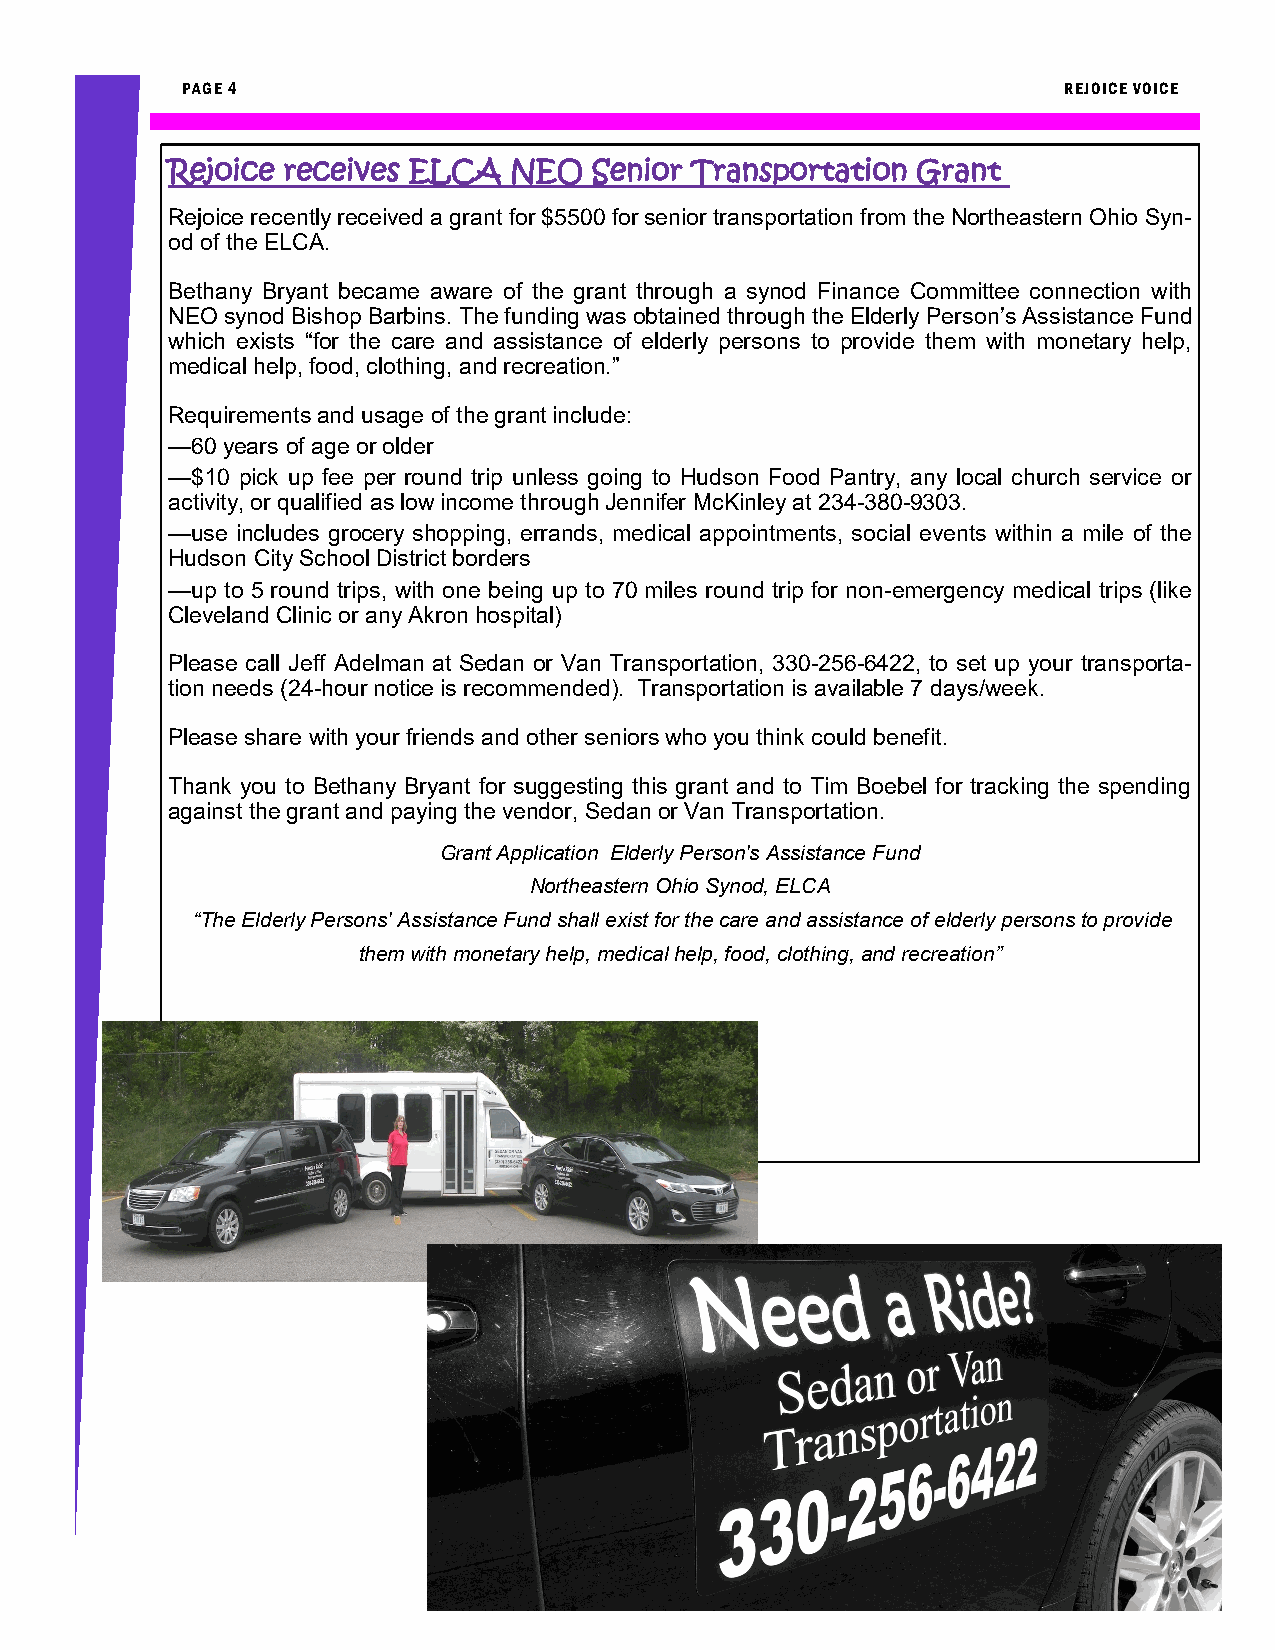
PAGE 4                                                    REJOICE VOICE
 Rejoice receives ELCA  NEO  Senior Transportation Grant
 Rejoice recently received a grant for $5500 for senior transportation from the Northeastern Ohio Syn-
 od of the ELCA.
 Bethany Bryant became aware of the grant through a synod Finance Committee connection with
 NEO synod Bishop Barbins. The funding was obtained through the Elderly Person’s Assistance Fund
 which exists “for the care and assistance of elderly persons to provide them with monetary help,
 medical help, food, clothing, and recreation.”
 Requirements and usage of the grant include:
 —60 years of age or older
 —$10 pick up fee per round trip unless going to Hudson Food Pantry, any local church service or
 activity, or qualified as low income through Jennifer McKinley at 234-380-9303.
 —use includes grocery shopping, errands, medical appointments, social events within a mile of the
 Hudson City School District borders
 —up to 5 round trips, with one being up to 70 miles round trip for non-emergency medical trips (like
 Cleveland Clinic or any Akron hospital)
 Please call Jeff Adelman at Sedan or Van Transportation, 330-256-6422, to set up your transporta-
 tion needs (24-hour notice is recommended). Transportation is available 7 days/week.
 Please share with your friends and other seniors who you think could benefit.
 Thank you to Bethany Bryant for suggesting this grant and to Tim Boebel for tracking the spending
 against the grant and paying the vendor, Sedan or Van Transportation.
 Grant Application Elderly Person's Assistance Fund
 Northeastern Ohio Synod, ELCA
 “The Elderly Persons' Assistance Fund shall exist for the care and assistance of elderly persons to provide
 them with monetary help, medical help, food, clothing, and recreation”